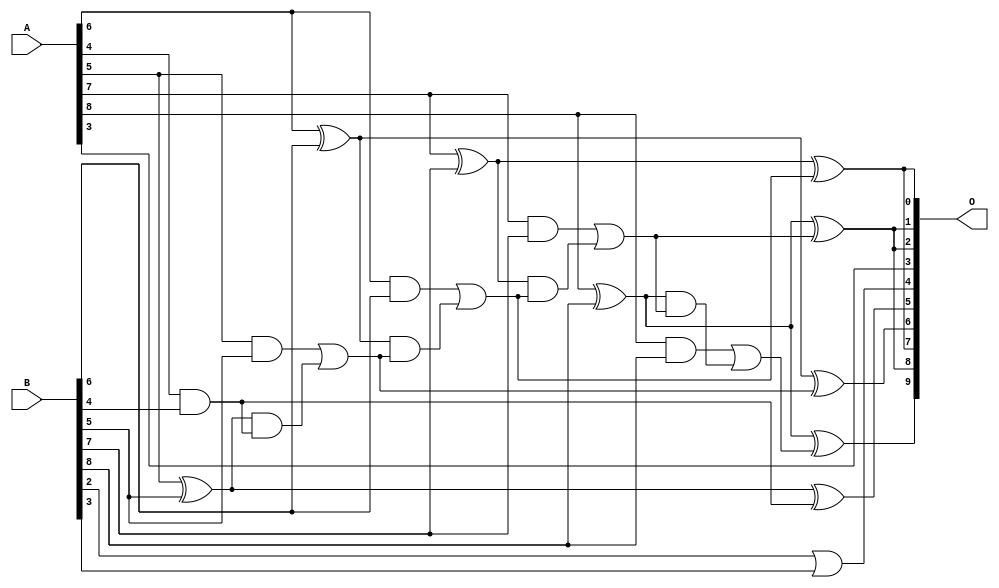
/***
* This code is a part of EvoApproxLib library (ehw.fit.vutbr.cz/approxlib) distributed under The MIT License.
* When used, please cite the following article(s): V. Mrazek, L. Sekanina, Z. Vasicek "Libraries of Approximate Circuits: Automated Design and Application in CNN Accelerators" IEEE Journal on Emerging and Selected Topics in Circuits and Systems, Vol 10, No 4, 2020 
* This file contains a circuit from a sub-set of pareto optimal circuits with respect to the pwr and mse parameters
***/
// MAE% = 1.72 %
// MAE = 8.8 
// WCE% = 5.08 %
// WCE = 26 
// WCRE% = 1800.00 %
// EP% = 96.88 %
// MRE% = 18.00 %
// MSE = 112 
// PDK45_PWR = 0.019 mW
// PDK45_AREA = 44.6 um2
// PDK45_DELAY = 0.38 ns

module add9se_036 (
    A,
    B,
    O
);

input [8:0] A;
input [8:0] B;
output [9:0] O;

wire sig_21,sig_24,sig_36,sig_40,sig_41,sig_42,sig_43,sig_44,sig_45,sig_47,sig_48,sig_49,sig_50,sig_51,sig_52,sig_53,sig_54,sig_55,sig_56,sig_57;
wire sig_58,sig_59,sig_61;

assign sig_21 = A[6] & B[6];
assign sig_24 = B[2] | B[3];
assign sig_36 = A[4] & B[4];
assign sig_40 = A[5] ^ B[5];
assign sig_41 = A[5] & B[5];
assign sig_42 = sig_40 & sig_36;
assign sig_43 = sig_40 ^ sig_36;
assign sig_44 = sig_41 | sig_42;
assign sig_45 = A[6] ^ B[6];
assign sig_47 = sig_45 & sig_44;
assign sig_48 = sig_45 ^ sig_44;
assign sig_49 = sig_21 | sig_47;
assign sig_50 = A[7] ^ B[7];
assign sig_51 = A[7] & B[7];
assign sig_52 = sig_50 & sig_49;
assign sig_53 = sig_50 ^ sig_49;
assign sig_54 = sig_51 | sig_52;
assign sig_55 = A[8] ^ B[8];
assign sig_56 = A[8] & B[8];
assign sig_57 = sig_55 & sig_54;
assign sig_58 = sig_55 ^ sig_54;
assign sig_59 = sig_56 | sig_57;
assign sig_61 = sig_55 ^ sig_59;

assign O[9] = sig_61;
assign O[8] = sig_58;
assign O[7] = sig_53;
assign O[6] = sig_48;
assign O[5] = sig_43;
assign O[4] = sig_24;
assign O[3] = A[3];
assign O[2] = sig_58;
assign O[1] = sig_58;
assign O[0] = sig_53;

endmodule